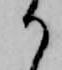
か